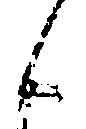
候